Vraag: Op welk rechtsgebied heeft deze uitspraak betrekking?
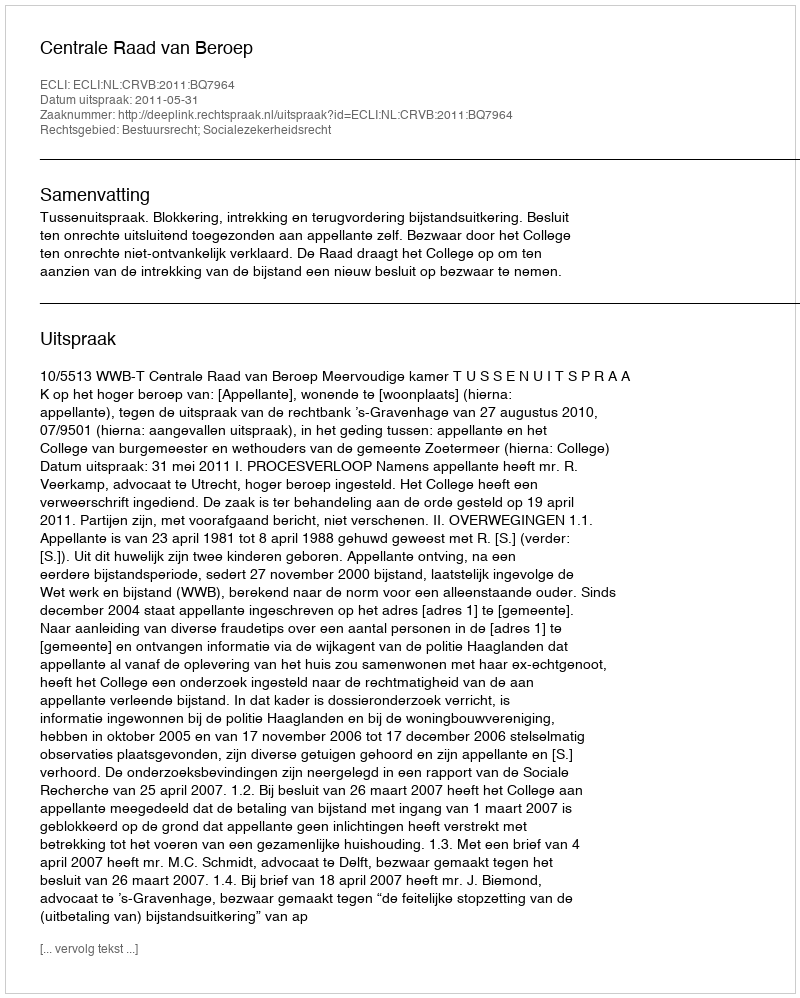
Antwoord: Bestuursrecht; Socialezekerheidsrecht